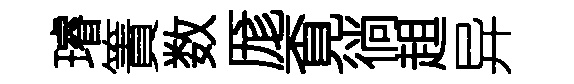
璿簀数厖覔徜趄异